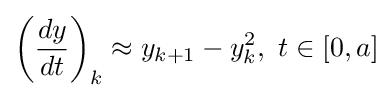
\left({\frac {dy}{dt}}\right)_{k}\approx y_{k+1}-y_{k}^{2},\ t\in [0,a]